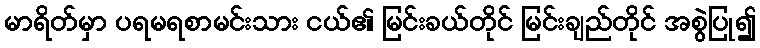
မာရိတ်မှာ ပရမရစာမင်းသား ငယ်၏ မြင်းခယ်တိုင် မြင်းချည်တိုင် အစွဲပြု၍